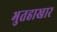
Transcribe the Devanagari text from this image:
भुतहाखार